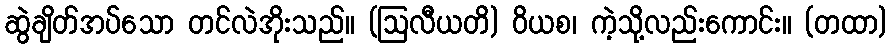
ဆွဲချိတ်အပ်သော တင်လဲအိုးသည်။ (ဩလီယတိ) ဝိယစ၊ ကဲ့သို့လည်းကောင်း။ (တထာ)